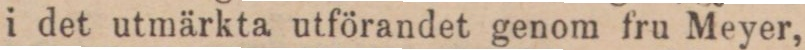
i det utmärkta utförandet genom fru Meyer,